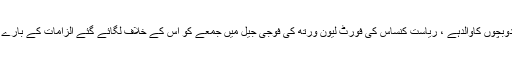
بیلز کو، جو دوبچوں کاوالدہے ، ریاست کنساس کی فورٹ لیون ورتھ کی فوجی جیل میں جمعے کو اس کے خلاف لگائے گئے الزامات کے بارے میں بتایا گیا۔